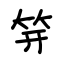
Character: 笄